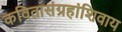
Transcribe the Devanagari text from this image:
कवितासंग्रहांशिवाय